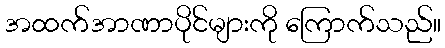
အထက်အာဏာပိုင်များကို ကြောက်သည်။